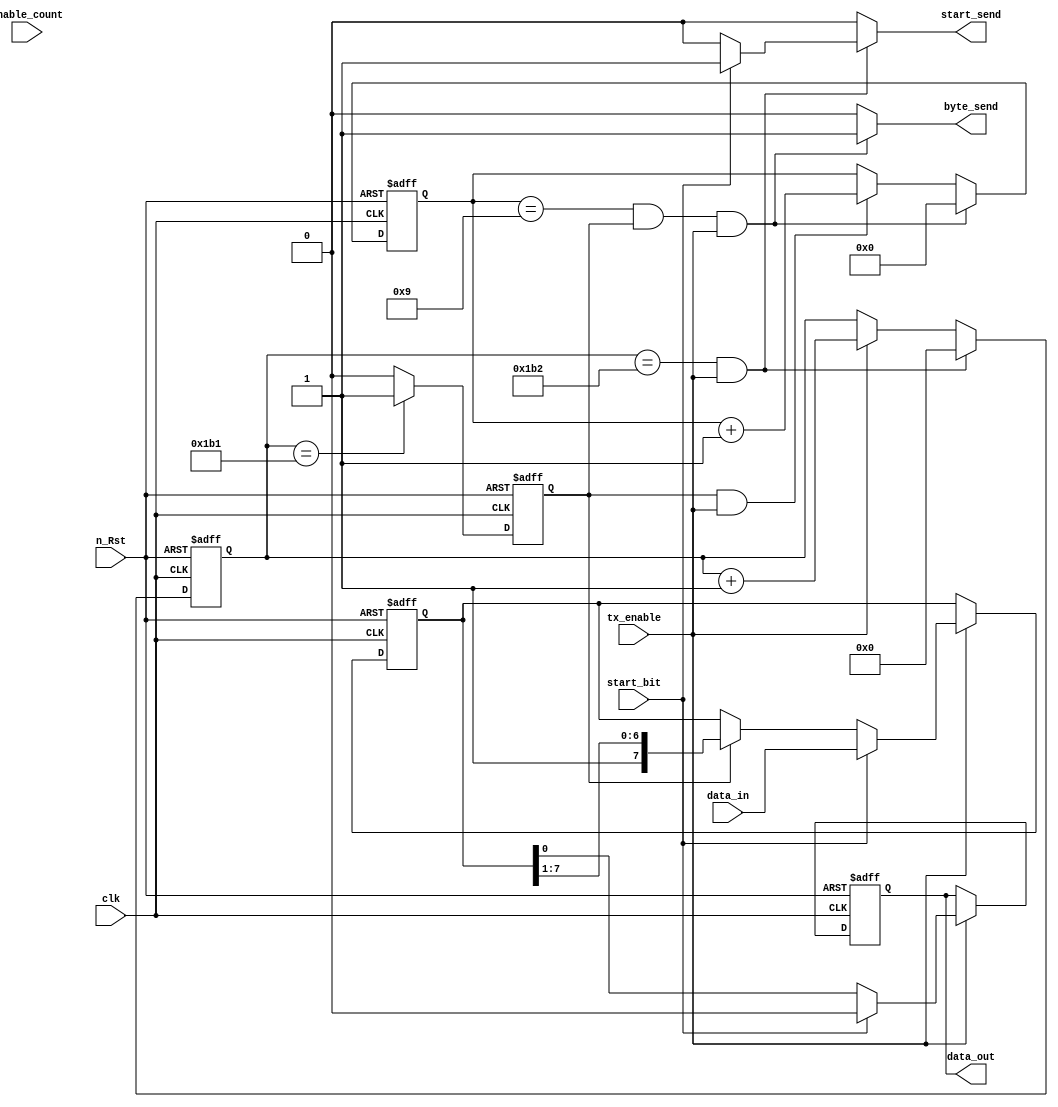
/*
File name:   transmit.v
Created:     2/28/2013
Author:      Chuan Yean Tan
Version:     1.0 
Description: Transmit data out via shift register and counter

Specs: 	-Baud rate @ 115200 bits per second
	-System clock @ 50MHz
	-Offset of 286 cycles for each bit
        -FPGA clock @27MHz
        -offset of 234 cycles
*/
module transmit(	input clk, n_Rst, 
			input [7:0] data_in, 		//data packet to be transmitted
			input start_bit,		//sends start bit
			input enable_count, 		//enable tx
			input tx_enable,		//enable signal
			output reg start_send,		//indicates that start bit sent
			output reg byte_send, 		//indicates that packet is succesfully sent
			output reg data_out 		//data bit that is shifted out
		);
   parameter cyclewaits = 434;
   
reg next_shift, shift; 					//indicates to shift a data out
reg [7:0] data_to_send, next_data_to_send;		//register to be transmitted
reg [3:0] next_num_bits, num_bits;			//count number of bits 
reg [9:0] next_tim_count, tim_count;			//count number of clock cycles
reg next_data_out;
reg next_start_send;

//REGISTERS
always @ (posedge clk, negedge n_Rst) begin
	if (n_Rst == 1'b0) begin 
		tim_count 	<= 9'd0;
		num_bits	<= 4'd0;
		data_to_send	<= 8'b11111111;
		shift		<= 1'b0;
		data_out	<= 1'b1;
	end else begin
		data_to_send 	<= next_data_to_send;
		data_out	<= next_data_out;
		tim_count 	<= next_tim_count;
		num_bits	<= next_num_bits;
		shift 		<= next_shift;
	end 
end //end always count clock cycles

//OUTPUT LOGIC
always @ (start_bit, num_bits, shift, tim_count,tx_enable, data_in, data_to_send, data_out) begin 
if(tx_enable == 1'b1)begin 
	if (start_bit == 1'b1) begin 
		next_data_to_send <= data_in;
		next_data_out <= 1'b0;
	end else begin
		next_data_out <= data_to_send[0];
		if(shift == 1'b1) begin 
			next_data_to_send <= {1'b1, data_to_send[7:1]};	
		end else begin 
			next_data_to_send <= data_to_send;
		end
	end
end else begin 
	next_data_to_send <= data_to_send;
	next_data_out	  <= data_out;
	next_tim_count 	  <= tim_count;
	next_num_bits	  <= num_bits;
end

//NEXT NUM BITS
if (num_bits == 4'd9 & shift == 1'b1 & tx_enable == 1'b1) begin 
	next_num_bits <= 4'd0;
	byte_send <= 1'b1;
end else if (shift == 1'b1 & tx_enable == 1'b1) begin
	next_num_bits <= num_bits + 4'b1;  
	byte_send <= 1'b0;
end else begin 
	next_num_bits <= num_bits;
	byte_send <= 1'b0;
end 

//NEXT TIME COUNT
//286
if (tim_count == cyclewaits & tx_enable == 1'b1) begin
	next_tim_count <= 9'd0;
	if (start_bit == 1'b1) begin
		start_send <= 1'b1; 
	end else begin 
		start_send <= 1'b0;
	end 
end else if (tx_enable == 1'b1) begin
	next_tim_count 	<= tim_count + 8'd1; 
	start_send <= 1'b0;
end else begin
	next_tim_count <= tim_count;
	start_send <= 1'b0;
end

//NEXT SHIFT
//285
//233
if (tim_count == (cyclewaits-1)) begin
	next_shift <= 1'b1;
end else begin 
	next_shift <= 1'b0;
end

end 

endmodule